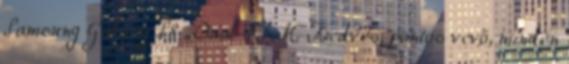
Samsung Galaxy S8 Dual SIM Kedves, pontos vevő, minden